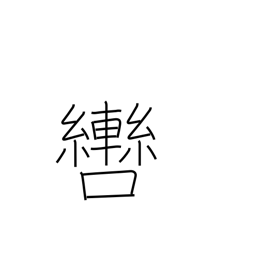
Meaning: bit (horse)